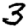
Digit: 3